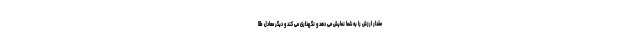
مقدار ارزش را به شما نمایش می دهد و نگهداری می کند و دیگر معادل طلا